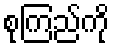
စုကြည်ကို